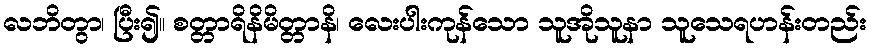
လဘိတွာ၊ ပြီး၍။ စတ္တာရိနိမိတ္တာနိ၊ လေးပါးကုန်သော သူအိုသူနာ သူသေရဟန်းတည်း